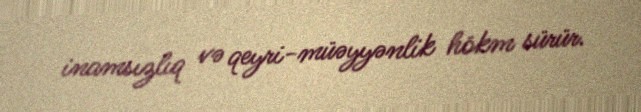
inamsızlıq və qeyri-müəyyənlik hökm sürür.